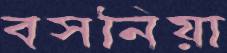
বসনিয়া